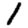
Digit: 1